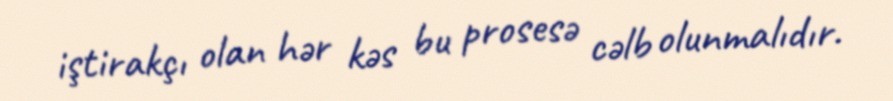
iştirakçı olan hər kəs bu prosesə cəlb olunmalıdır.